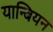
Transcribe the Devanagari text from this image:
यान्बियन